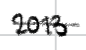
Text: 2013
Cross-out: single-line
Writing tool: digital_black